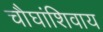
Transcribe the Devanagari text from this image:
चौघांशिवाय